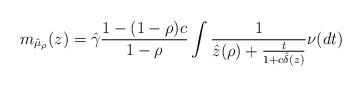
LaTeX: \begin{align*}m_{\hat{\mu}_\rho}(z) &= \hat{\gamma}\frac{1-(1-\rho)c}{1-\rho} \int \frac1{ \hat{z}(\rho) +\frac{t}{1+c \hat{\delta}(z)}}\nu(dt)\end{align*}